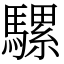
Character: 騾